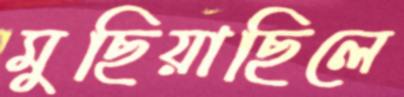
মুছিয়াছিলে